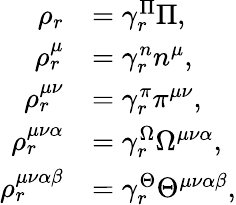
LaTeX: \begin{array}{rl}{\rho_{r}}&{=\gamma_{r}^{\Pi}\Pi,}\\ {\rho_{r}^{\mu}}&{=\gamma_{r}^{n}n^{\mu},}\\ {\rho_{r}^{\mu\nu}}&{=\gamma_{r}^{\pi}\pi^{\mu\nu},}\\ {\rho_{r}^{\mu\nu\alpha}}&{=\gamma_{r}^{\Omega}\Omega^{\mu\nu\alpha},}\\ {\rho_{r}^{\mu\nu\alpha\beta}}&{=\gamma_{r}^{\Theta}\Theta^{\mu\nu\alpha\beta},}\end{array}